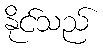
နိုင်သည်